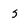
Character: s